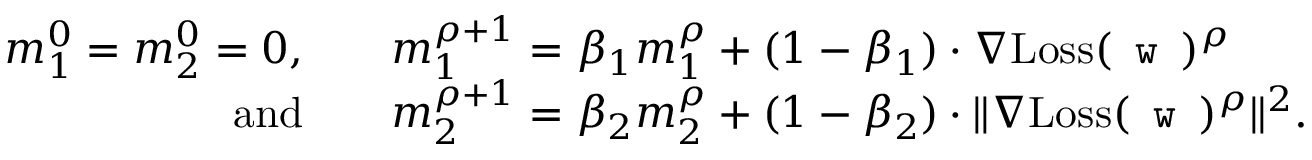
\begin{array} { r l } { m _ { 1 } ^ { 0 } = m _ { 2 } ^ { 0 } = 0 , \quad } & { m _ { 1 } ^ { \rho + 1 } = \beta _ { 1 } m _ { 1 } ^ { \rho } + ( 1 - \beta _ { 1 } ) \cdot \nabla \mathrm { L o s s } ( \texttt { w } ) ^ { \rho } } \\ { \mathrm { a n d } \quad } & { m _ { 2 } ^ { \rho + 1 } = \beta _ { 2 } m _ { 2 } ^ { \rho } + ( 1 - \beta _ { 2 } ) \cdot \Vert \nabla \mathrm { L o s s } ( \texttt { w } ) ^ { \rho } \Vert ^ { 2 } . } \end{array}